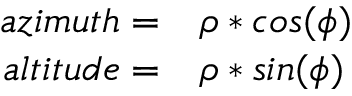
\begin{array} { r l } { a z i m u t h = } & { { } \rho * c o s ( \phi ) } \\ { a l t i t u d e = } & { { } \rho * s i n ( \phi ) } \end{array}